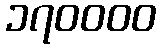
၁၇၀၀၀၀